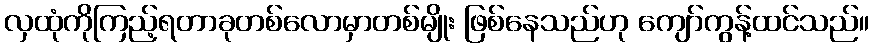
လှထုံကိုကြည့်ရတာခုတစ်လောမှာတစ်မျိုး ဖြစ်နေသည်ဟု ကျော်ကွန့်ထင်သည်။